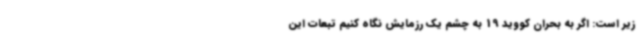
زیر است: اگر به بحران کووید 19 به چشم یک رزمایش نگاه کنیم تبعات این